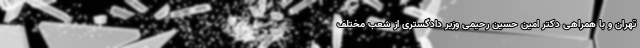
تهران و با همراهی دکتر امین حسین رحیمی وزیر دادگستری از شعب مختلف